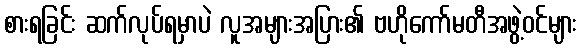
စားရခြင်း ဆက်လုပ်ရမှာပဲ လူအများအပြား၏ ဗဟိုကော်မတီအဖွဲ့ဝင်များ